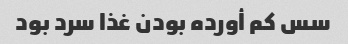
سس کم أورده بودن غذا سرد بود